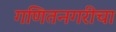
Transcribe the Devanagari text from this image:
गणितनगरीचा